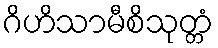
ဂိဟိသာမီစိသုတ္တံ